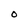
Character: O